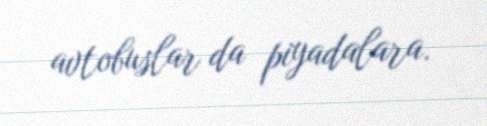
avtobuslar da piyadalara.